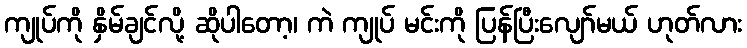
ကျုပ်ကို နှိမ်ချင်လို့ ဆိုပါတော့၊ ကဲ ကျုပ် မင်းကို ပြန်ပြီးလျော်မယ် ဟုတ်လား